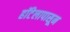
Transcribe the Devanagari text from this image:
हॉटेलापासून